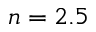
n = 2 . 5